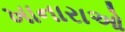
ખાનારાઓ